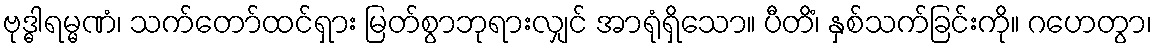
ဗုဒ္ဓါရမ္မဏံ၊ သက်တော်ထင်ရှား မြတ်စွာဘုရားလျှင် အာရုံရှိသော။ ပီတိံ၊ နှစ်သက်ခြင်းကို။ ဂဟေတွာ၊